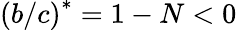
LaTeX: \left(b/c\right)^{\ast}=1-N<0